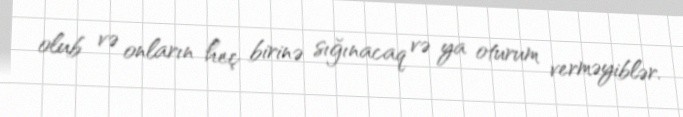
olub və onların heç birinə sığınacaq və ya oturum verməyiblər.